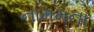
નામમના